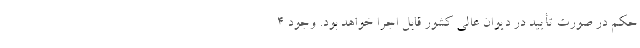
حکم در صورت تأیید در دیوان‌ عالی کشور قابل اجرا خواهد بود. وجود ۴